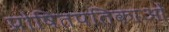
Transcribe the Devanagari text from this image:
प्रोषितपतिकाओं